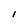
Character: 1